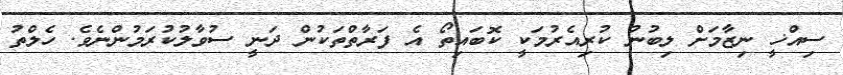
ސިއްޚީ ނިޒާމަށް ލިބުނު ކުރިއެރުމަކީ ކޮބައިތޯ އެ ފަރާތްތަކުން ދަނީ ސުވާލުކުރަމުންނެވެ. ހެލްތު